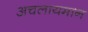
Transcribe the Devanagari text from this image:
अचलायमान